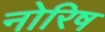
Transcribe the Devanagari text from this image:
नोरिष